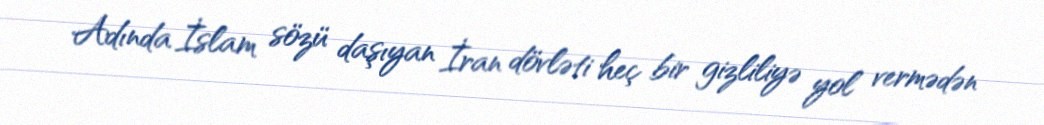
Adında İslam sözü daşıyan İran dövləti heç bir gizliliyə yol vermədən